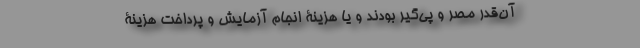
آن‌قدر مُصرّ و پی‌گیر بودند و یا هزینۀ انجام آزمایش و پرداخت هزینۀ